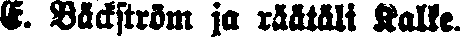
E. Bäckström ja räätäli Kalke.